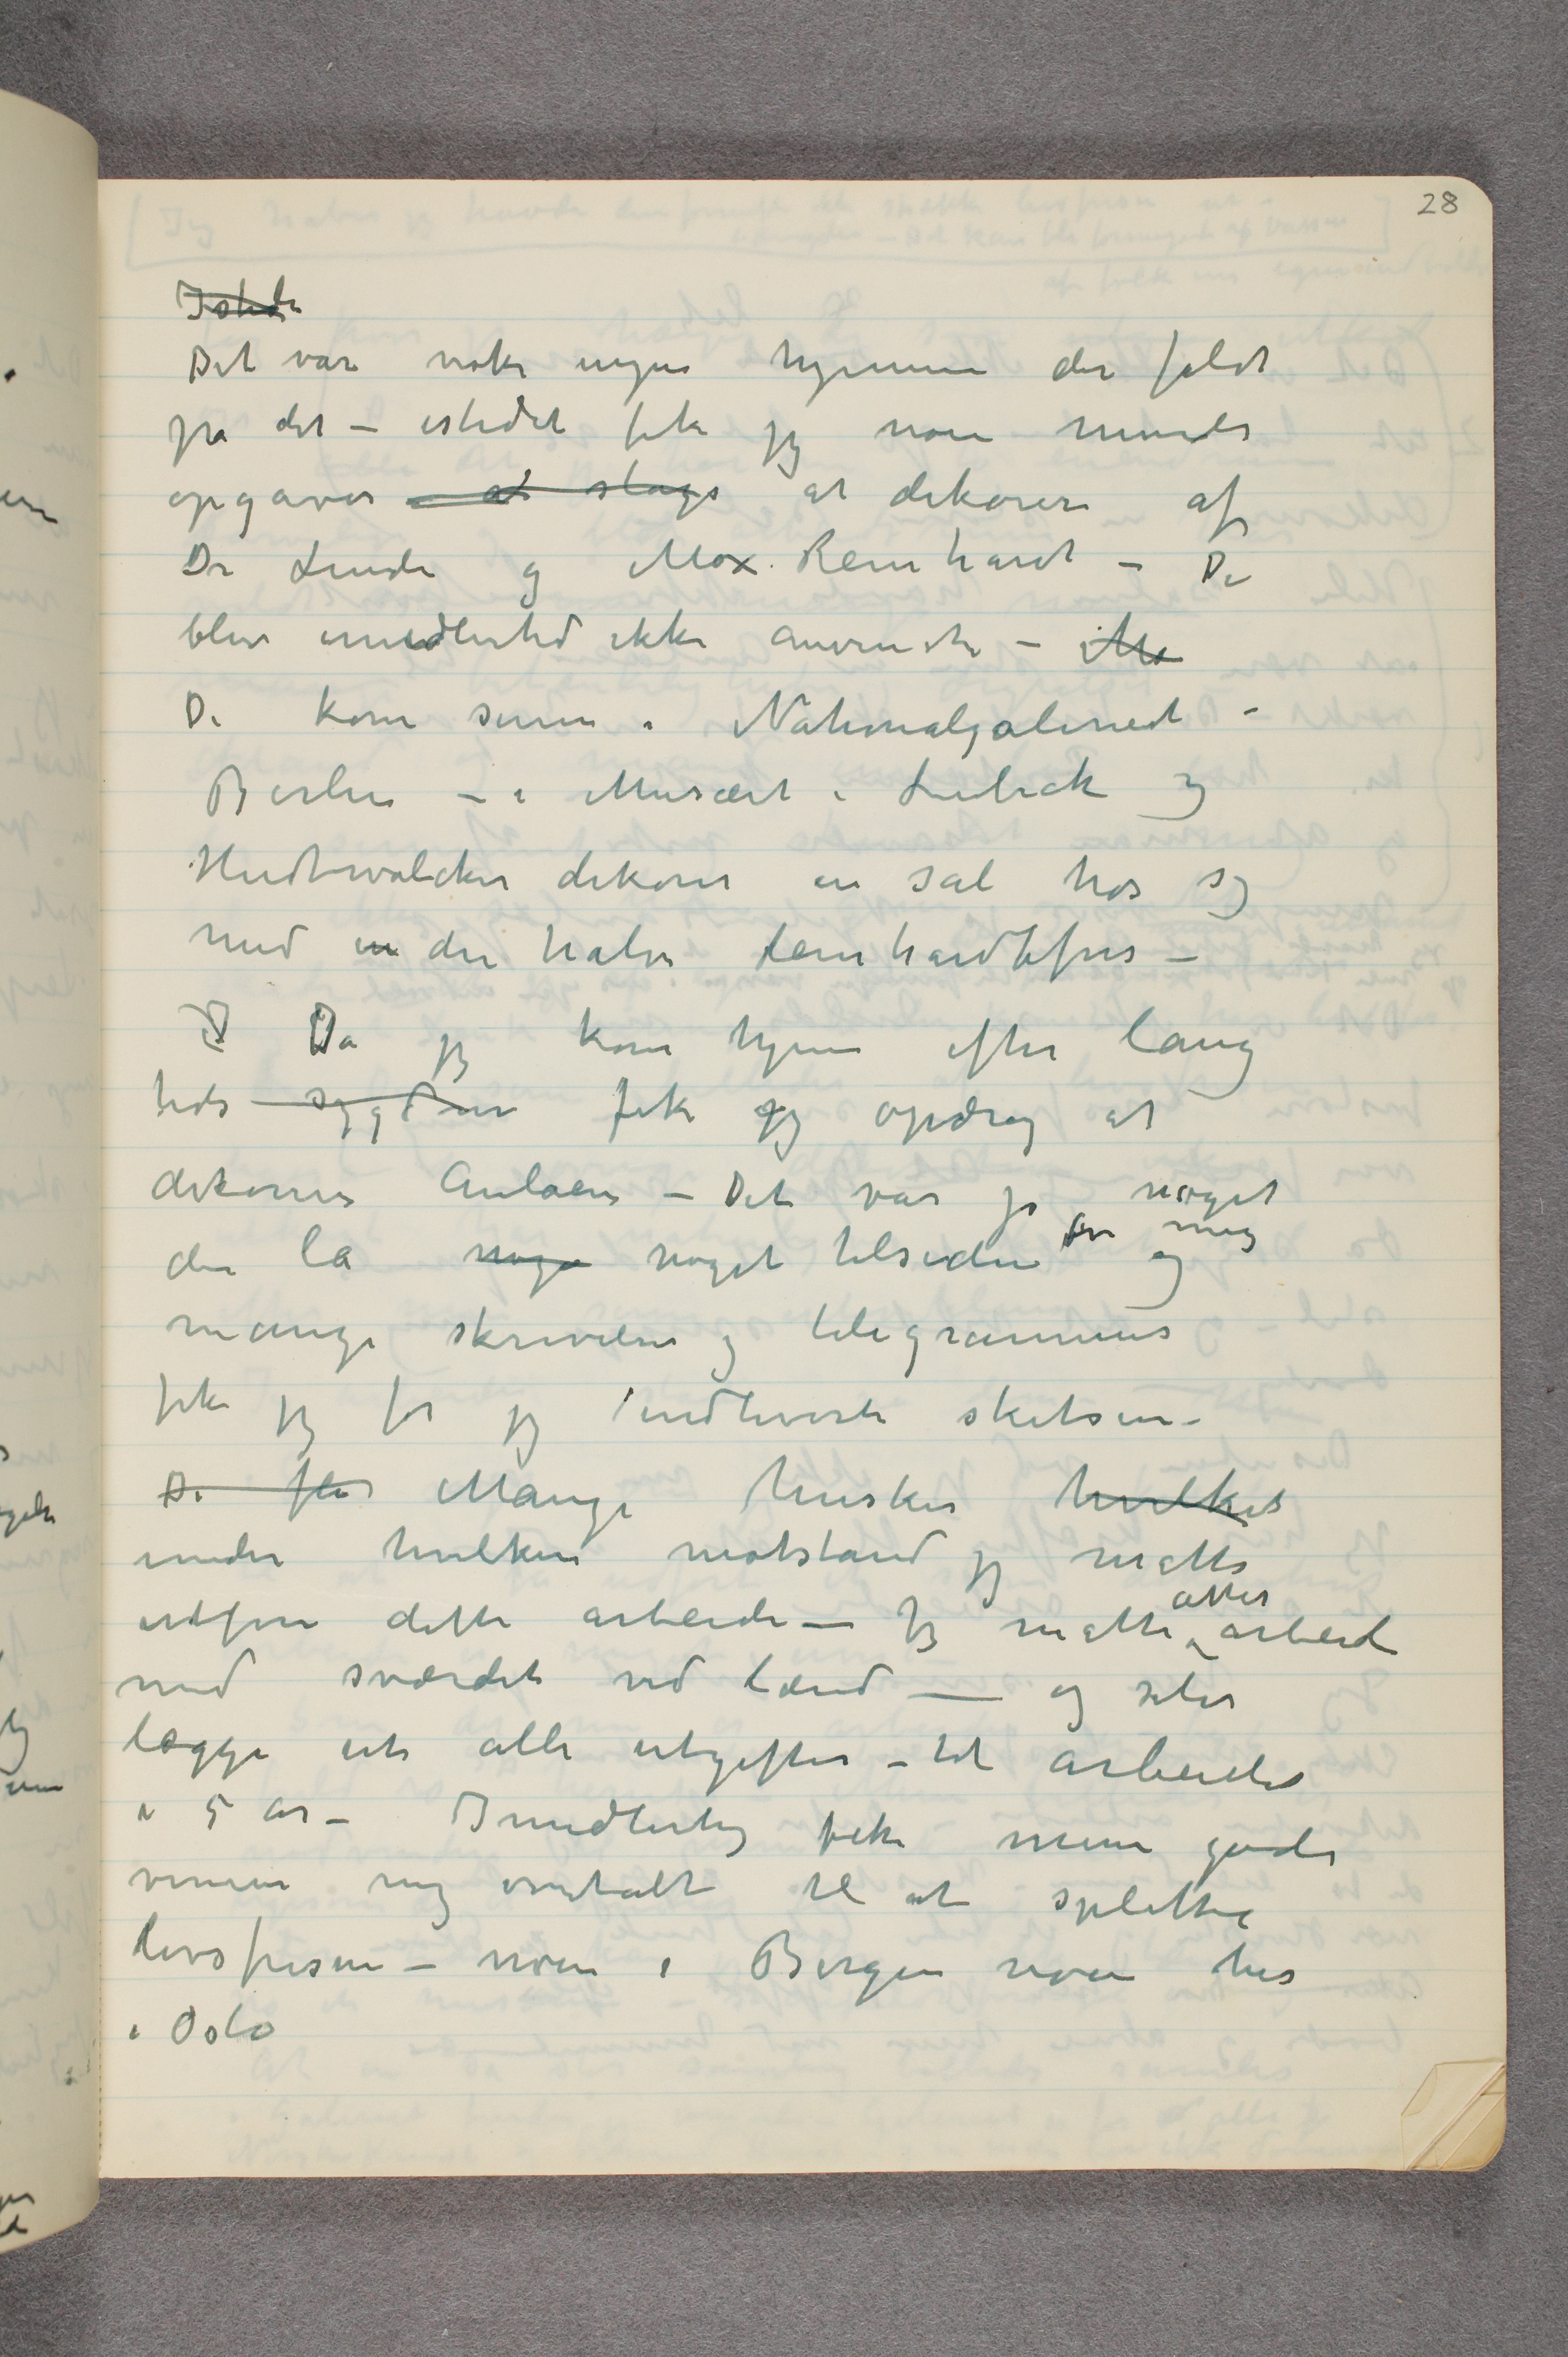
Isteden
Det var nok ingen hjemme der faldt
på det – istedet fik jeg noen mindre
opgaver at slags at dekorere af
opgaver at slags at dekorere af
blev imidlertid ikke anvendte – Me
De kom senere i Nationalgaleriet i
Berlin – i Musæet i Lübeck og
Hudtwalcker dekoret en sal hos sig
med en den halve Reinhardtfris –
J Da jeg kom hjem efter lang
tids sygdom fik jeg opdrag at
dekorere Aulaen – Det var jo noget
der la noge noget tilsiden for mig og
mange skrivelser og telegrammer
fik jeg før jeg indleverte skitsene –
De fle Mange husker hvilket
under hvilken motstand jeg måtte
udføre dette arbeide – Jeg måtte atter arbeide
med sværdet ved lænd – og selv
lægge ut alle utgifter – til arbeidet
i 5 år – Imidlertid fik mine gode
venner mig overtalt til at splitte
livsfrisen – noen i Bergen noen her
i Oslo